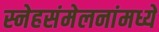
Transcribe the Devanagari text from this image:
स्नेहसंमेलनांमध्ये